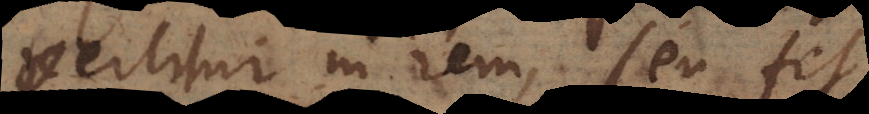
vertitur in rem, seu fit